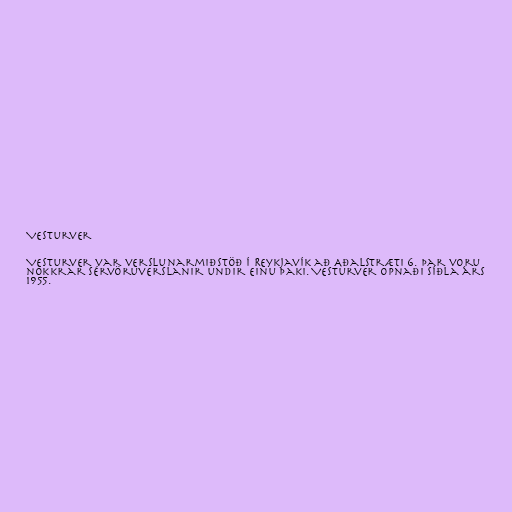
Vesturver

Vesturver var verslunarmiðstöð í Reykjavík að Aðalstræti 6. Þar voru
nokkrar sérvöruverslanir undir einu þaki. Vesturver opnaði síðla árs
1955.